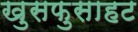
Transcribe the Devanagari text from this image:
खुसफुसाहट